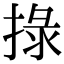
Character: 𢮑